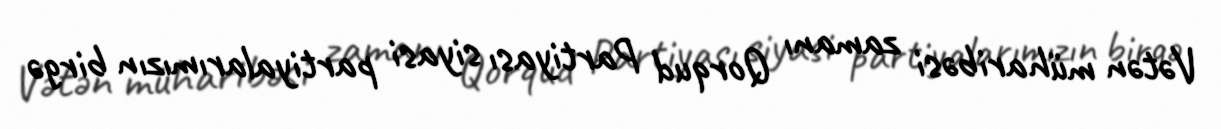
Vətən müharibəsi zamanı Qorqud Partiyası siyasi partiyalarımızın birgə